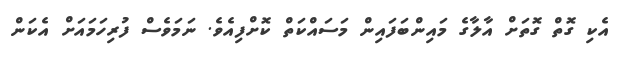
އެކި ގޮތް ގޮތަށް އާލާގެ މައިންބަފައިން މަސައްކަތް ކޮށްފިއެވެ. ނަމަވެސް ފުރިހަމައަށް އެކަން